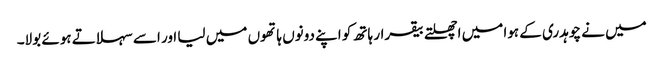
میں نے چوہدری کے ہوا میں اچھلتے بیقرار ہاتھ کو اپنے دونوں ہاتھوں میں لیا اور اسے سہلاتے ہوئے بولا۔